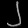
Digit: ၂